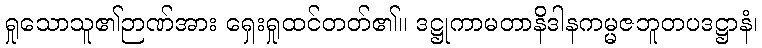
ရှုသောသူ၏ဉာဏ်အား ရှေးရှုထင်တတ်၏။ ဒဋ္ဌုကာမတာနိဒါနကမ္မဇဘူတပဒဋ္ဌာနံ၊